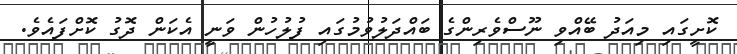
ކޮށީގައި މިއަދު ބޭއްވި ނޫސްވެރިންގެ ބައްދަލުވުމުގައި ފުލުހުން ވަނީ އެކަން ދޮގު ކޮށްފައެވެ.